system: You are a helpful assistant.
user:
Analyze the provided spectrum to determine if it is a **M-type Giant (gM)**.

A M-type Giant spectrum is defined by its **strong molecular absorption** features, particularly from **Titanium Oxide (TiO)**. You must check for one of the following mutually exclusive signatures:

- **Key Visual Indicators (Absorption-Dominated Spectrum):**

    - **(Primary):** The spectrum is dominated by strong molecular absorption from **Titanium Oxide (TiO)**. This is the **defining feature** of its M-type temperature class.
        - **(Key Bandheads):** Look for sharp, "saw-tooth" absorption valleys. The strongest are located near **~7050 Å**, **~6160 Å**, and **~5170 Å**.
        - **(Line Profile):** The "saw-tooth" morphology is critical: a **sharp, steep drop on the BLUE (short-wavelength) side** of the bandhead, followed by a gradual recovery (rising flux) towards the RED (long-wavelength) side.

    - **(Key Confirmation - Giant vs. Dwarf):** **ABSENCE** of strong **Calcium Hydride (CaH)** molecular bands. This is the primary diagnostic for *excluding* M-dwarfs.
        - **(Key Region):** The spectrum should lack the strong, broad absorption band seen in dwarfs between **~6800 Å and ~7000 Å**.

    - **(Secondary Confirmation - Giant):** A very strong and broad **Neutral Calcium (Ca I)** atomic absorption line.
        - **(Key Line):** Located at **~4226 Å**. In a giant (gM), this line is significantly deeper and broader than the same line in an M-dwarf (dM) due to low surface gravity.

    - **(Overall Spectrum):**
        - The continuum is **extremely red-sloping** (i.e., flux is very low in the blue and rises dramatically towards the red).
        - The entire spectrum appears "chopped up" by the deep TiO bands.

Think first, call **spectral_visualization_tool** if needed to examine features in detail, then provide your final answer. Your response must adhere to the following strict rules:
1.  **Overall Structure:** Your response must follow the format `<think>...</think> <tool_call>...</tool_call> (if a tool is used) <answer>...</answer>`.
2.  **Tool Usage Constraint:** You may only make **one** tool call per turn.
3.  **Final Answer Format:** In the `<answer>` tag, your conclusion must be inside a `\boxed{}` command (e.g., `\boxed{YES}` or `\boxed{NO}`), followed by your justification.

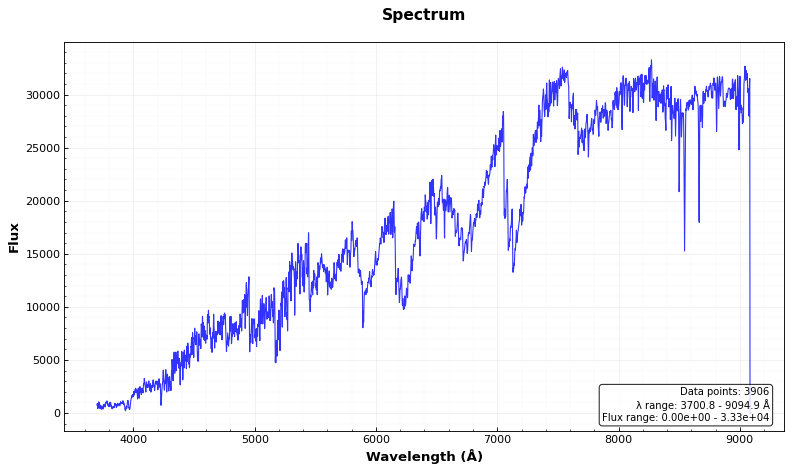
Answer: YES